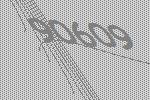
90609